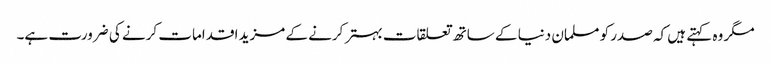
مگر وہ کہتے ہیں کہ صدر کو مسلمان دنیا کے ساتھ تعلقات بہتر کرنے کے مزید اقدامات کرنے کی ضرورت ہے۔